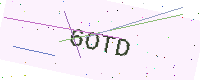
Text: 6OTD